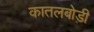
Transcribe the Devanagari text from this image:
कातलबोड़ी